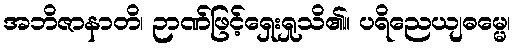
အဘိဇာနာတိ၊ ဉာဏ်ဖြင့်ရှေးရှုသိ၏။ ပရိညေယျဓမ္မေ၊